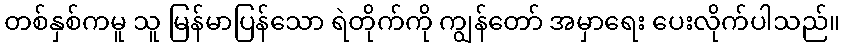
တစ်နှစ်ကမူ သူ မြန်မာပြန်သော ရဲတိုက်ကို ကျွန်တော် အမှာရေး ပေးလိုက်ပါသည်။